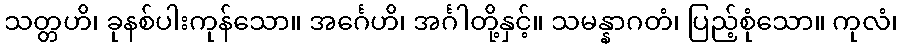
သတ္တဟိ၊ ခုနစ်ပါးကုန်သော။ အင်္ဂေဟိ၊ အင်္ဂါတို့နှင့်။ သမန္နာဂတံ၊ ပြည့်စုံသော။ ကုလံ၊